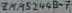
Text: ZMM5244B7